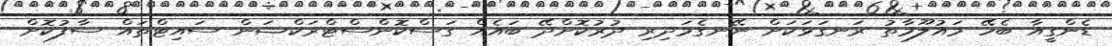
ޑެންގީއާ ބެހޭ މައުލޫމާތު ރަނގަޅަކަށް ނޭނގެމަދިރި ދުރުކޮށްދޭ ބައެއް ގަސްކޮންސްޓްރަކްޝަން ސައިޓްތައް ސާފުކޮށް